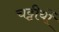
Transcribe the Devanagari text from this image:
चट्टीयों